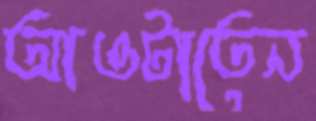
আওটাতেন